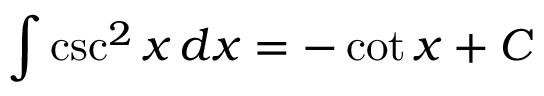
\int \csc ^ { 2 } { x } \, d x = - \cot { x } + C